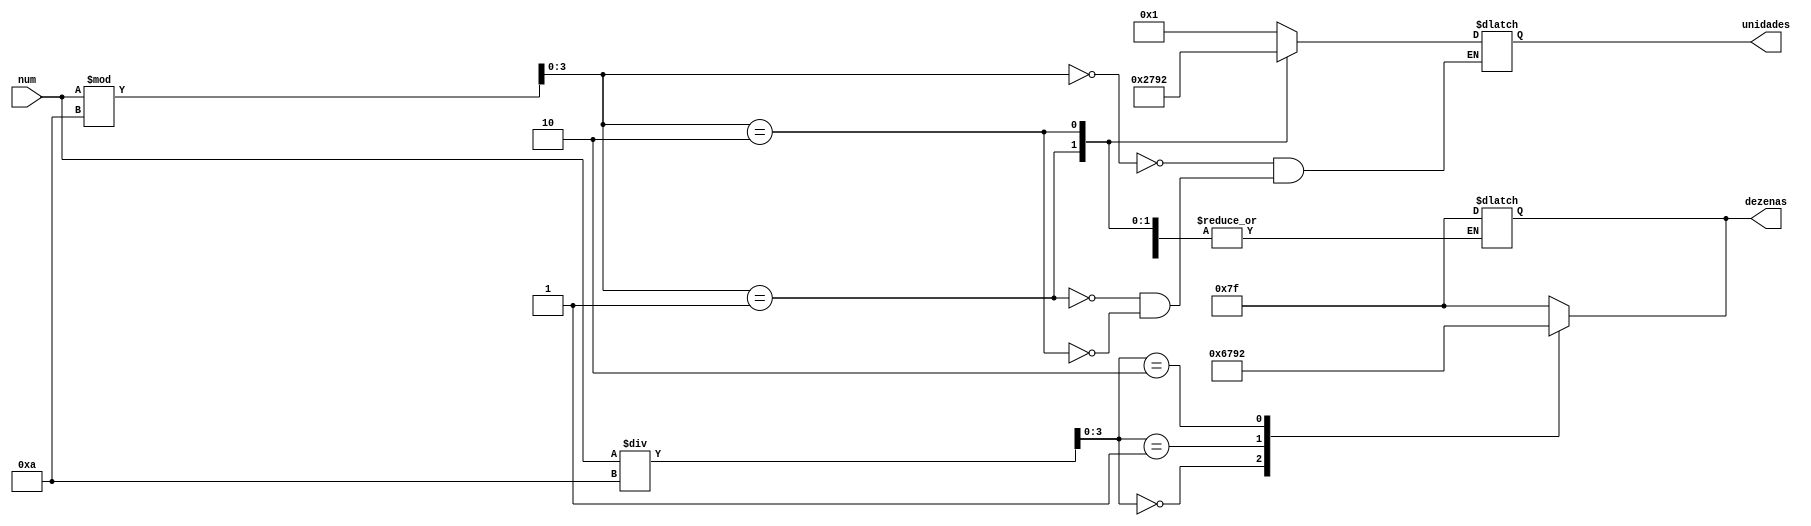
module sete_segmentos (
	input [5:0] num,
	output reg [0:6] dezenas,
	output reg [0:6] unidades,
);

wire [3:0] num_dez = num / 10;
wire [3:0] num_uni = num % 10;

always @(*) begin

	case (num_dez)
		0: dezenas = 7'b0000001;
		1: dezenas = 7'b1001111;
		2: dezenas = 7'b0010010;
		default: dezenas = 7'b1111111;
	endcase

end

//terminar
always @(*) begin

	case (num_uni)
		0: unidades = 7'b0000001;
		1: unidades = 7'b1001111;
		2: unidades = 7'b0010010;
		default: dezenas = 7'b1111111;
	endcase

end

endmodule